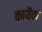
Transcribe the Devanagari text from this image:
कायैक